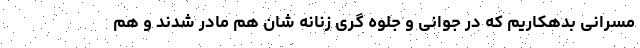
مسرانی بدهکاریم که در جوانی و جلوه گری زنانه شان هم مادر شدند و هم